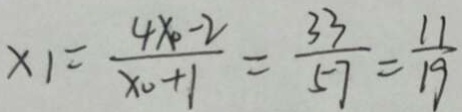
x _ { 1 } = \frac { 4 x - 2 } { x _ { 0 } + 1 } = \frac { 3 3 } { 5 7 } = \frac { 1 1 } { 1 9 }